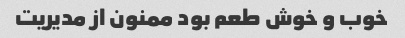
خوب و خوش طعم بود ممنون از مدیریت